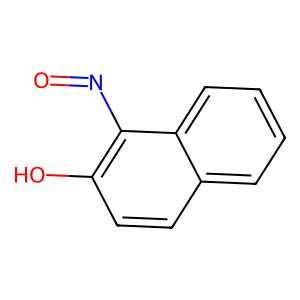
SMILES: O=Nc1c(O)ccc2ccccc12
Inhibits HIV replication: No